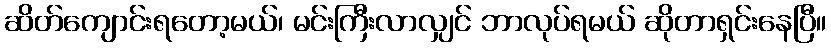
ဆိတ်ကျောင်းရတော့မယ်၊ မင်းကြီးလာလျှင် ဘာလုပ်ရမယ် ဆိုတာရှင်းနေပြီ။